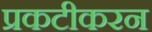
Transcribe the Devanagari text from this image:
प्रकटीकरन